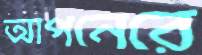
আপনেরে